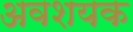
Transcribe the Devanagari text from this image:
अवशयक